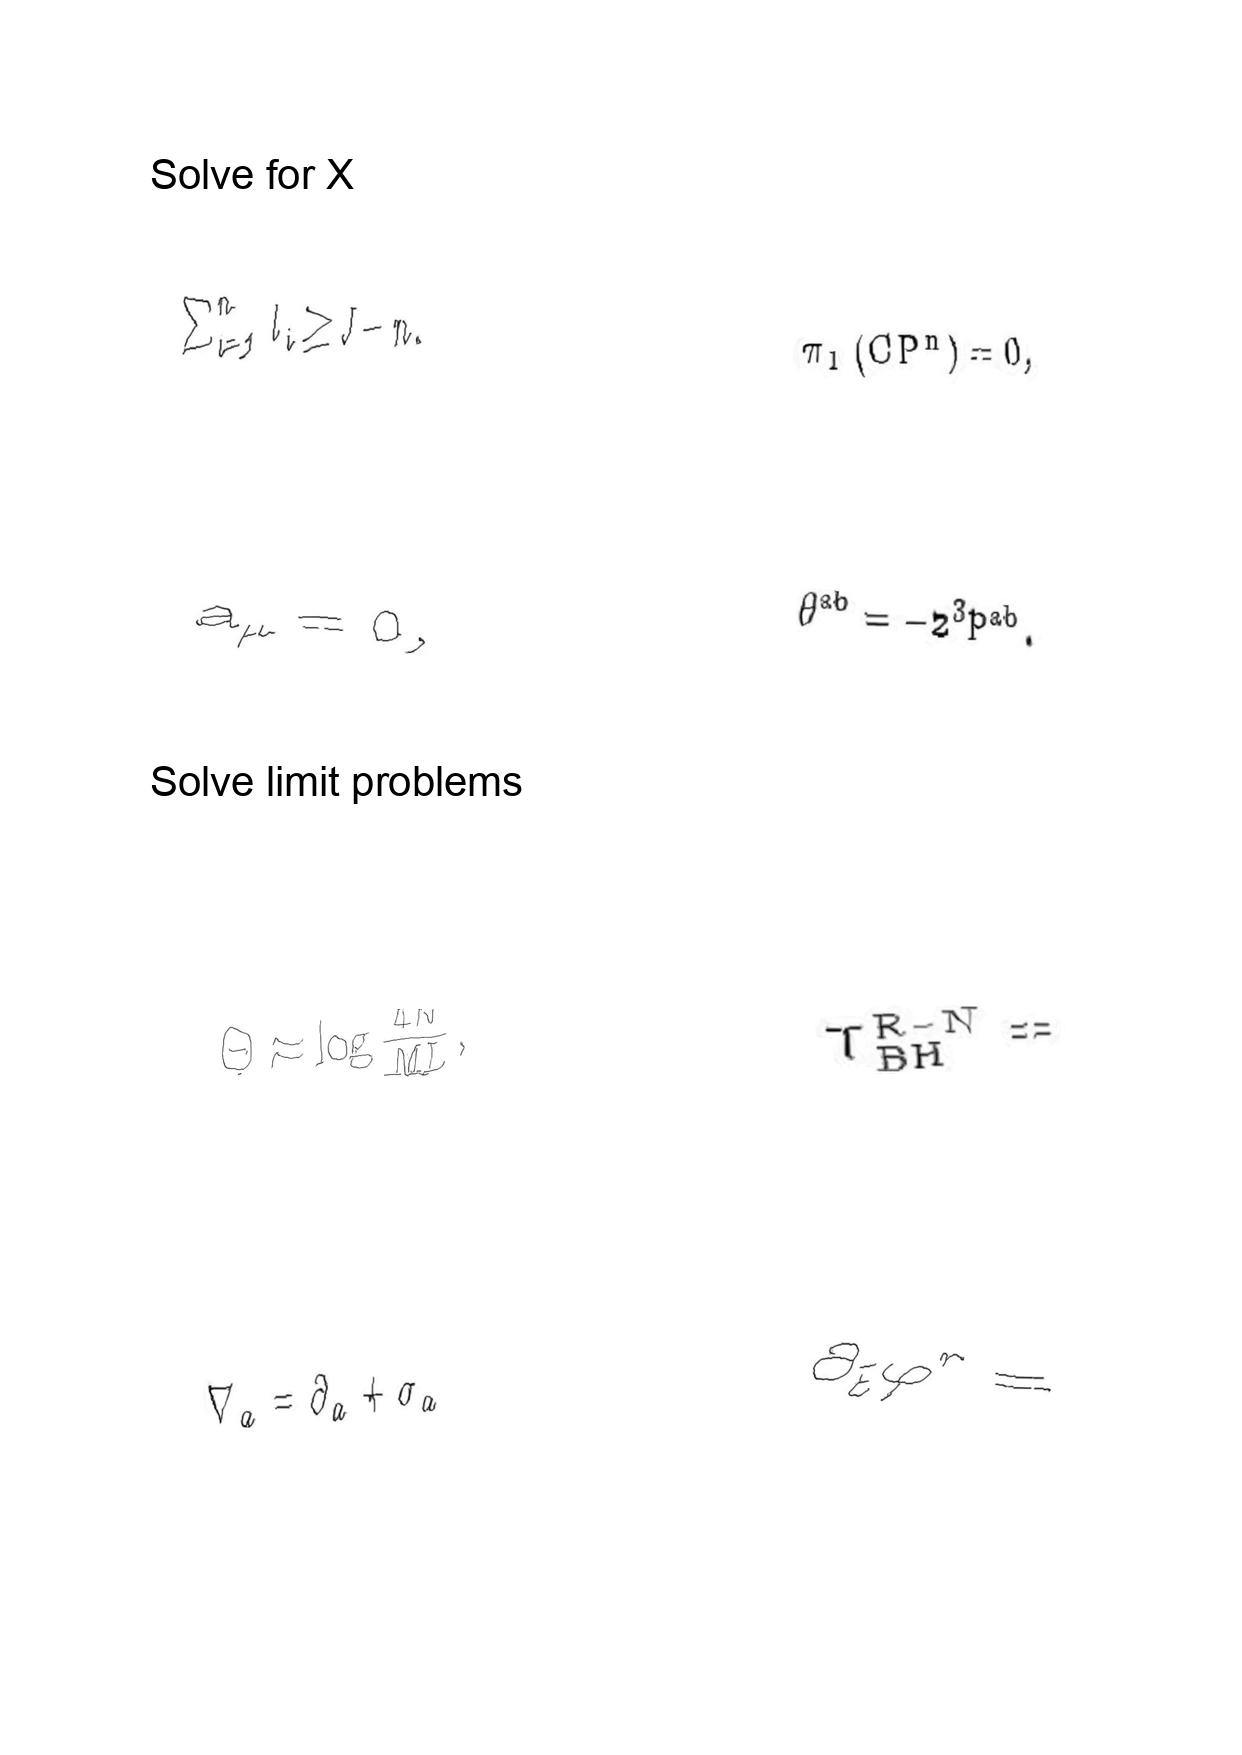
LaTeX transcription:
\sum _ { i = 1 } ^ { n } l _ { i } \geq J - n .
a _ { \mu } = 0 ,
\Theta \approx \log \frac { 4 N } { M L } ,
\nabla _ { a } = \partial _ { a } + \sigma _ { a }
\pi _ { 1 } \lparen C P ^ { n } \rparen = 0 ,
\theta ^ { a b } = - z ^ { 3 } P ^ { a b } .
T _ { \mathrm { B H } } ^ { \mathrm { R - N } } =
\partial _ { \tilde { t } } \varphi ^ { r } =